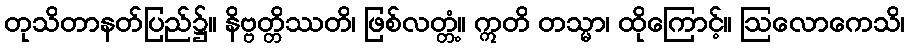
တုသိတာနတ်ပြည်၌။ နိဗ္ဗတ္တိဿတိ၊ ဖြစ်လတ္တံ့။ ဣတိ တသ္မာ၊ ထိုကြောင့်။ ဩလောကေသိ၊